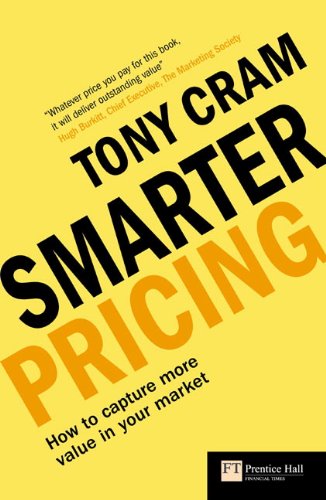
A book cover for Smarter Pricing: How to Capture More Value In Your Market (Financial Times) (Financial Times Series); Tony. Cram; Business & Money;